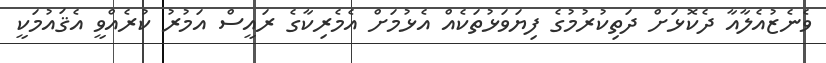
ވެނެޒުއެލާއާ ދެކޮޅަށް ދަތިކުރުމުގެ ފިޔަވަޅުތަކެއް އެޅުމަށް އެމެރިކާގެ ރައީސް އަމުރު ކުރެއްވީ އެޤައުމަކީ